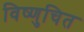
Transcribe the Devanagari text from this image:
विष्णुचित